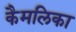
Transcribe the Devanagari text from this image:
कैमलिका